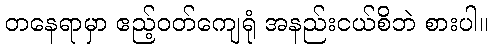
တနေရာမှာ ဧည့်ဝတ်ကျေရုံ အနည်းငယ်စိဘဲ စားပါ။